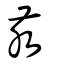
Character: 汞